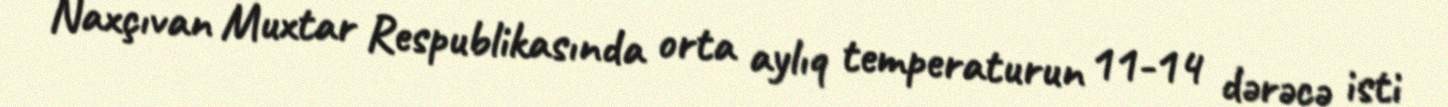
Naxçıvan Muxtar Respublikasında orta aylıq temperaturun 11-14 dərəcə isti